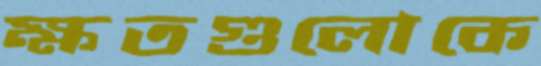
ক্ষতগুলোকে